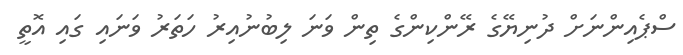
ސްޕެއިންނަށް ދުނިޔޭގެ ރޭންކިންގެ ތިން ވަނަ ލިބުނުއިރު ހަތަރު ވަނައި ގައި އޮތީ